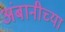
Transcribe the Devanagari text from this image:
अंबानीच्या